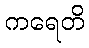
ကရေတိ